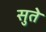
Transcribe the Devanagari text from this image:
सुते